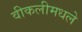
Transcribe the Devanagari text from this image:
वीकलीमधले